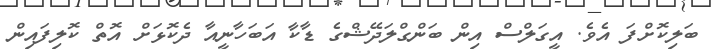
ބަލިކޮށްފަ އެވެ. އީގަލްސް އިން ބަންގްލަދޭޝްގެ ޑާކާ އަބަހާނީއާ ދެކޮޅަށް އޮތް ކޮލިފައިން